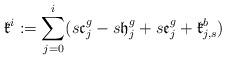
LaTeX: \begin{align*}\mathfrak{k}^i:=\sum_{j=0}^i(s\mathfrak{c}_j^g-s\mathfrak{h}_j^g+s\mathfrak{e}_j^g+\mathfrak{k}_{j,s}^b)\end{align*}